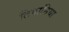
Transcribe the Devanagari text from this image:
टिपानिया